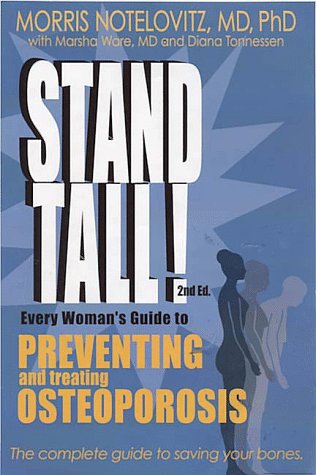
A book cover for Stand Tall! Every Woman's Guide to Preventing and Treating Osteoporosis; Morris Notelovitz; Health, Fitness & Dieting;